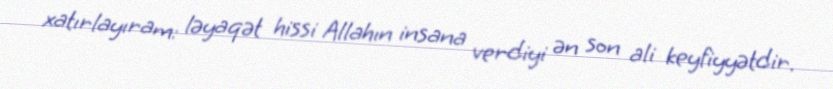
xatırlayıram: ləyaqət hissi Allahın insana verdiyi ən son ali keyfiyyətdir.